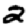
Digit: 2